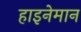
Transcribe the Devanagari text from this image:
हाइनेमान